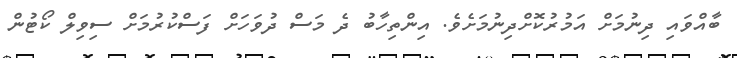
ބާއްވައި ދިނުމަށް އަމުރުކޮށްދިނުމަށެވެ. އިންތިހާބު ދެ މަސް ދުވަހަށް ފަސްކުރުމަށް ސިވިލް ކޯޓުން